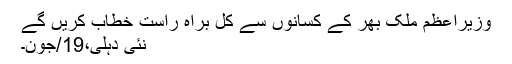
وزیراعظم ملک بھر کے کسانوں سے کل براہ راست خطاب کریں گے
نئی دہلی،19/جون۔